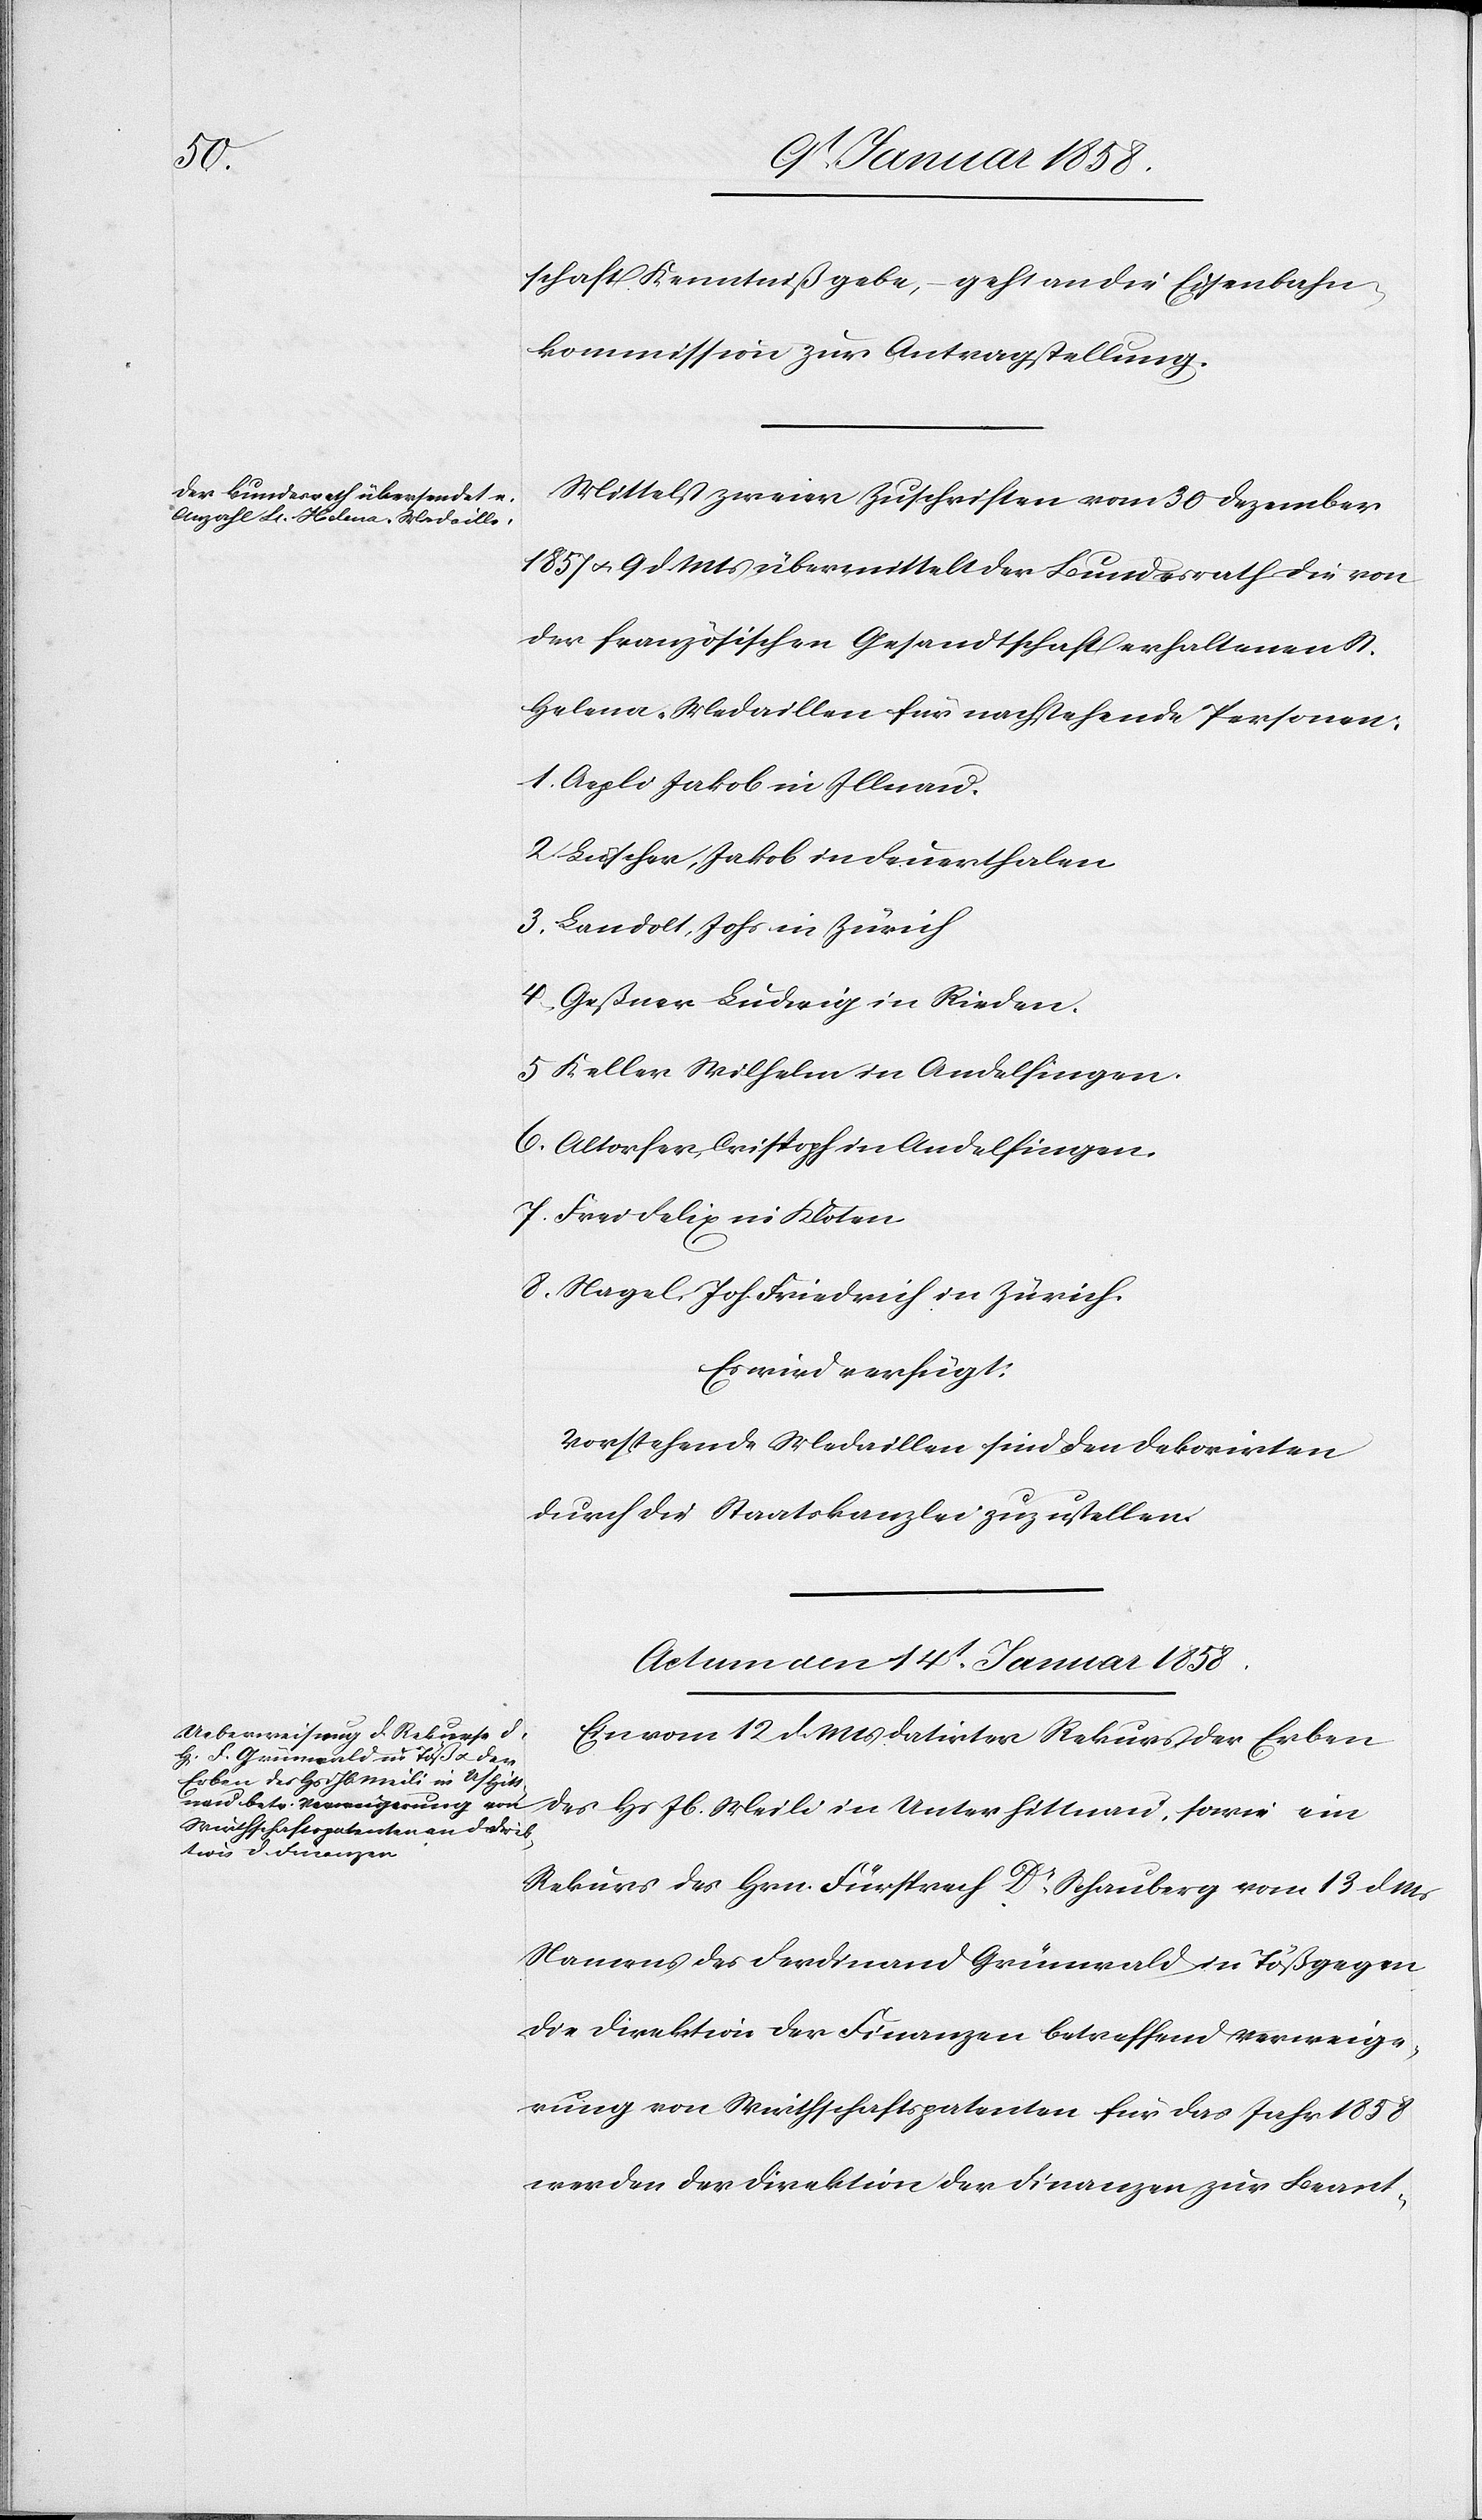
schaft Kenntniß gebe, geht an die Eisenbahn¬
kommission zur Antragstellung.
Mitttelst zweier Zuschriften vom 30 Dezember
1857 u. 9 d Mts übermittelt der Bundesrath die von
der französischen Gesandtschaft erhaltenen St.
Helena-Medaillen für nachstehende Personen:
1. Aepli Jakob in Illnau.
2. Lüscher, Jakob in Feuerthalen
3. Landolt, Johs in Zürich
4. Geßner Ludwig in Rieden.
5 Keller Wilhelm in Andelfingen.
6. Altorfer, Christoph in Andelfingen.
7. Frei Felix in Kloten
8. Nagel, Joh. Friedrich in Zürich.
Es wird verfügt:
Vorstehende Medaillen sind den Dekorirten
durch die Staatskanzlei zu zustellen.
Actum den 14t. Januar 1858.
Ein vom 12 d. Mts datirter Rekurs der Erben
des Hs Jb. Meili in
Rekurs des Hrn. Fürsprech Dr. Schauberg vom 13 d Ms
Namens des Ferdinand Grünwald in Töß gegen
die Direktion der Finanzen betreffend Verweige¬
rung von Wirthschaftspatenten für das Jahr 1858
werden der Direktion der Finanzen zur Beant-